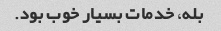
بله، خدمات بسیار خوب بود.